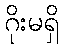
ဂိုးမရှိ